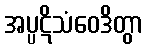
အပ္ပဋိသံဝေဒိတွာ